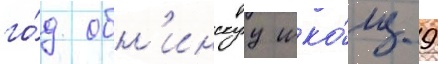
го́д обн'инскуу шко́лу 9